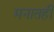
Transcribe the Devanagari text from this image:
मनातही